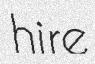
hire